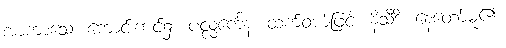
အာကာသေ၊ ကောင်းကင်၌။ ပလ္လင်္ကေန၊ ထက်ဝယ်ဖြင့်။ နိသီဒိ၊ နေတော်မူ၏။